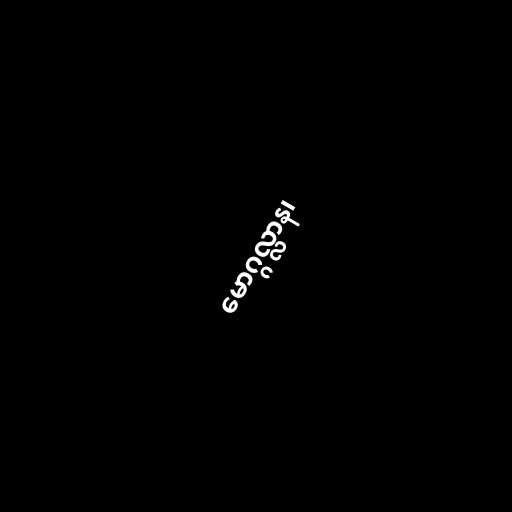
မောဂ္ဂလ္လာန၊